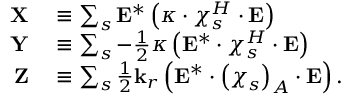
\begin{array} { r l } { \mathbf { X } } & { { } \equiv \sum _ { s } \mathbf { E } ^ { * } \left( \boldsymbol { \kappa } \cdot \boldsymbol { \chi } _ { s } ^ { H } \cdot \mathbf { E } \right) } \\ { \mathbf { Y } } & { { } \equiv \sum _ { s } - \frac { 1 } { 2 } \boldsymbol { \kappa } \left( \mathbf { E } ^ { * } \cdot \boldsymbol { \chi } _ { s } ^ { H } \cdot \mathbf { E } \right) } \\ { \mathbf { Z } } & { { } \equiv \sum _ { s } \frac { 1 } { 2 } \mathbf { k } _ { r } \left( \mathbf { E } ^ { * } \cdot \left( \boldsymbol { \chi } _ { s } \right) _ { A } \cdot \mathbf { E } \right) . } \end{array}